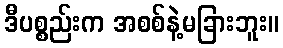
ဒီပစ္စည်းက အစစ်နဲ့မခြားဘူး။